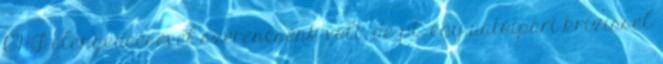
CHF elengedéésével szerencsénk volt, de pl. egy uatóipari krízissel